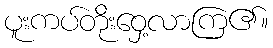
ပူးကပ်တိုးဝှေ့လာကြ၏။